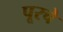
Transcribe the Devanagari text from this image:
पूरचे